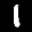
Digit: 1